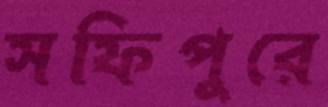
সফিপুরে